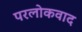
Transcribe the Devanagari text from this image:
परलोकवाद